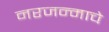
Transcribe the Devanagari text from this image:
नरजन्माचे